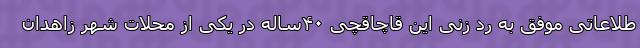
طلاعاتی موفق به رد زنی این قاچاقچی ۴۰ساله در یکی از محلات شهر زاهدان